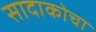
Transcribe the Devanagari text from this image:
सादाकोचा